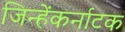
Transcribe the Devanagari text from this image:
जिन्हेंकर्नाटक